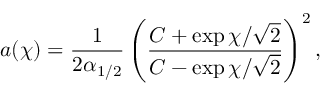
a ( \chi ) = \frac { 1 } { 2 \alpha _ { 1 / 2 } } \left( \frac { C + \exp \chi / \sqrt { 2 } } { C - \exp \chi / \sqrt { 2 } } \right) ^ { 2 } ,